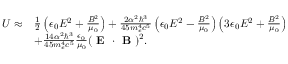
\begin{array} { r l } { U \approx } & { { \frac { 1 } { 2 } } \left( \epsilon _ { 0 } E ^ { 2 } + { \frac { B ^ { 2 } } { \mu _ { 0 } } } \right) + { \frac { 2 \alpha ^ { 2 } \hbar ^ { 3 } } { 4 5 m _ { e } ^ { 4 } c ^ { 5 } } } \left( \epsilon _ { 0 } E ^ { 2 } - { \frac { B ^ { 2 } } { \mu _ { 0 } } } \right) \left( 3 \epsilon _ { 0 } E ^ { 2 } + { \frac { B ^ { 2 } } { \mu _ { 0 } } } \right) } \\ & { + { \frac { 1 4 \alpha ^ { 2 } \hbar ^ { 3 } } { 4 5 m _ { e } ^ { 4 } c ^ { 5 } } } { \frac { \epsilon _ { 0 } } { \mu _ { 0 } } } ( \textbf { E } \cdot \textbf { B } ) ^ { 2 } . } \end{array}